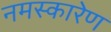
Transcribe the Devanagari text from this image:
नमस्कारेण